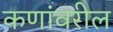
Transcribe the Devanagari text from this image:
कणांवरील